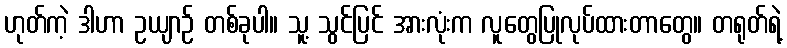
ဟုတ်ကဲ့ ဒါဟာ ဥယျာဉ် တစ်ခုပါ။ သူ့ သွင်ပြင် အားလုံးက လူတွေပြုလုပ်ထားတာတွေ။ တရုတ်ရဲ့